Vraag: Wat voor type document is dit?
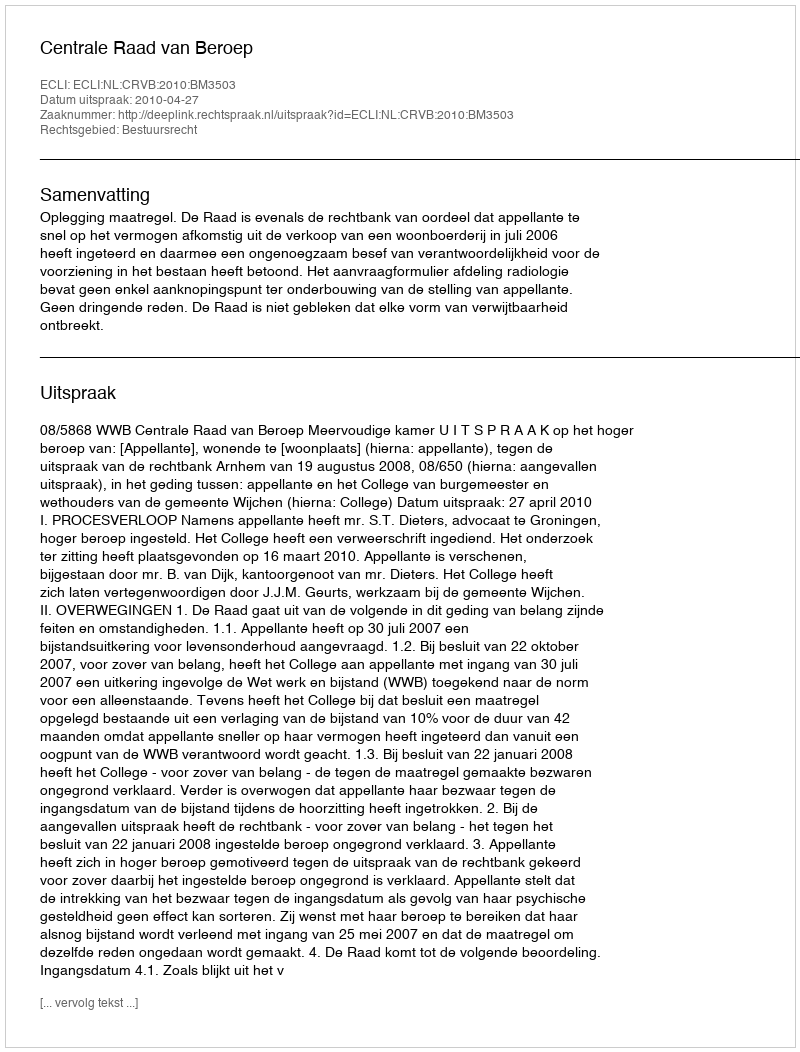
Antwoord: Uitspraak